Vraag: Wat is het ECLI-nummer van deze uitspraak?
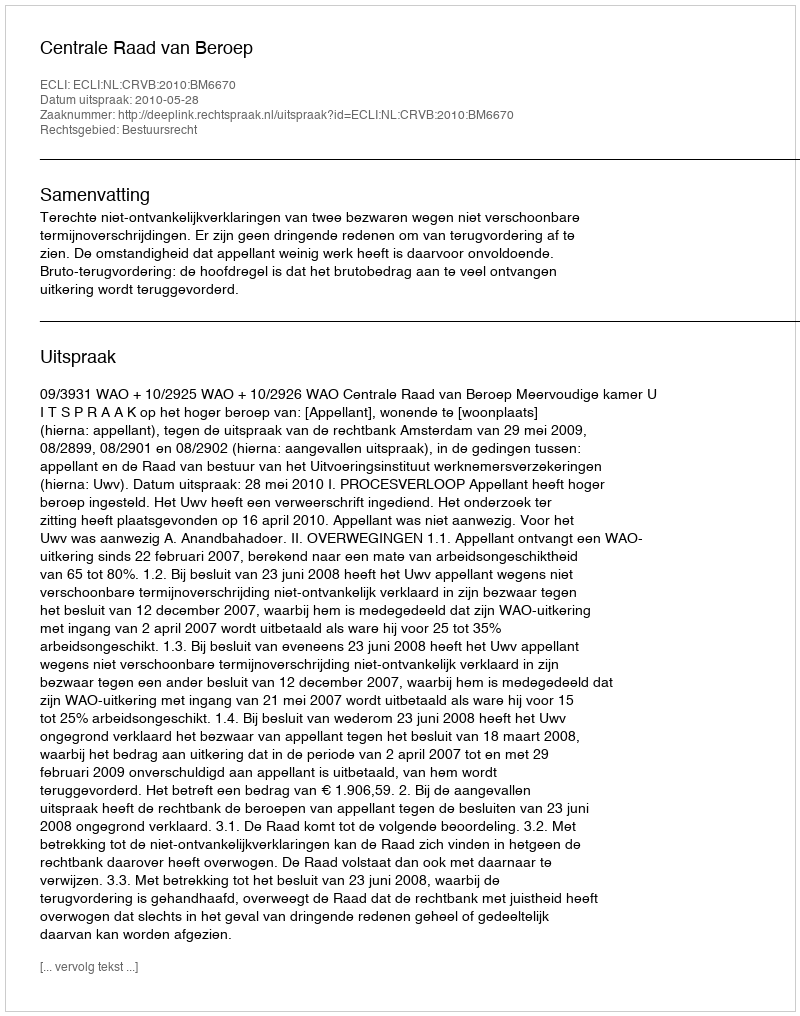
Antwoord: ECLI:NL:CRVB:2010:BM6670